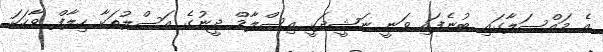
އެ މައްސަލާގައި ބުނެފައި ވަނީ ނަޝީދަކީ އިސްލާމް ދީނުގެ އަސްލުތަކާ ހިލާފް ވާހަކަ